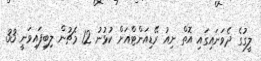
ލީގުގެ ދެވަނައިގައި އޮތް ނިއު ރޭޑިއަންޓްއަށް ކުޅުނު 12 މެޗުން ލިބިފައިވަނީ 33